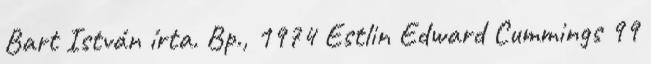
Bart István írta. Bp., 1974 Estlin Edward Cummings 99